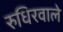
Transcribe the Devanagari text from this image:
रुधिरवाले